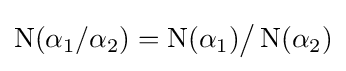
\mathrm {N} (\alpha _{1}/\alpha _{2})=\mathrm {N} (\alpha _{1}){\big /}~\!\mathrm {N} (\alpha _{2})